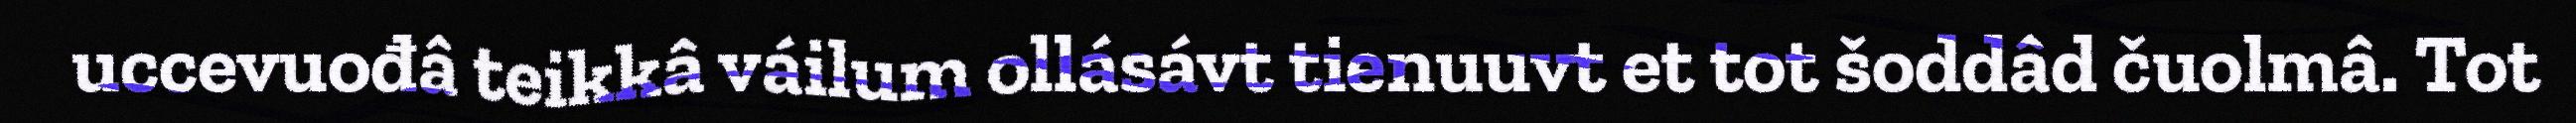
uccevuođâ teikkâ váilum ollásávt tienuuvt et tot šoddâd čuolmâ. Tot